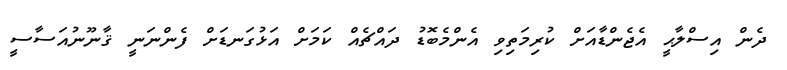
ދެން އިސްލާޙީ އެޖެންޑާއަށް ކުރިމަތިވި އެންމެބޮޑު ދައްޗެއް ކަމަށް އަޅުގަނޑަށް ފެންނަނީ ޤާނޫނުއަސާސީ